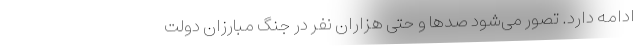
ادامه دارد. تصور می‌شود صدها و حتی هزاران نفر در جنگ مبارزان دولت